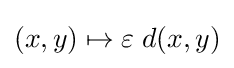
(x,y)\mapsto \varepsilon \;d(x,y)